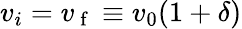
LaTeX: {v_{i}=v_{\mathrm{~f~}}\equiv v_{0}(1+\delta)}